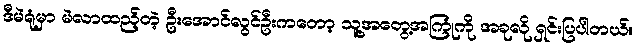
ဒီမဲရုံမှာ မဲလာထည့်တဲ့ ဦးအောင်လွင်ဦးကတော့ သူ့အတွေ့အကြုံကို အခုလို ရှင်းပြပါတယ်။